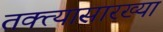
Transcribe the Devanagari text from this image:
तक्त्यासारख्या